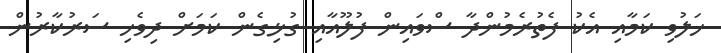
ހަލުވި ކަމާއި އެކު ފެތުރެމުންދާ ސްވައިން ފުލޫއާއި ގުޅިގެން ކަމަށް ދިވެހި ސަރުކާރުން